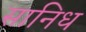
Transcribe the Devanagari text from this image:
सानिध